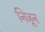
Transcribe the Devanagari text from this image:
निजून